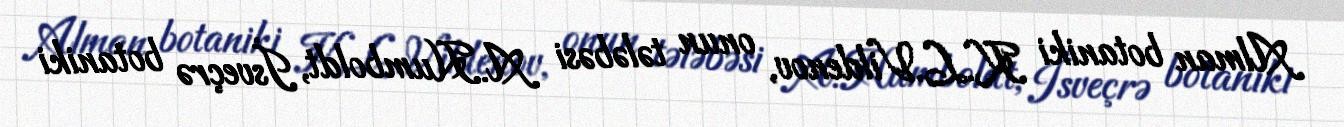
Alman botaniki K.L.Vildenov, onun tələbəsi A.Humboldt, İsveçrə botaniki